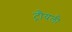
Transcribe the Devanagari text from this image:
ट्रौयली